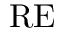
\mathrm { R E }